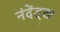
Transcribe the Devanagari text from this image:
नंदेंड्ला